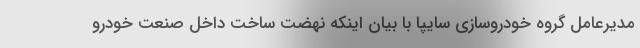
مدیرعامل گروه خودروسازی سایپا با بیان اینکه نهضت ساخت داخل صنعت خودرو